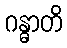
ဂန္ဓာတိ